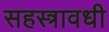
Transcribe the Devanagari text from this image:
सहस्त्रावधी